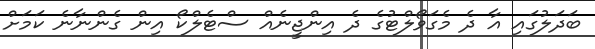
ބަދަލުގައި އާ ދެ މެގަވޯލްޓުގެ ދެ އިންޖީނެއް ސްޓެލްކޯ އިން ގެންނާނެ ކަމަށް